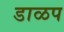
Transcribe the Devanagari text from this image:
डाळप